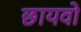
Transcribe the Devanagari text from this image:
छायवो